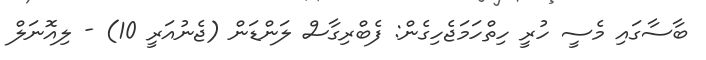
ބާސާގައި މެސީ ހުރީ ހިތްހަމަޖެހިގެން: ފެބްރިގާސް ލަންޑަން (ޖެނުއަރީ 10) - ލިއޮނަލް